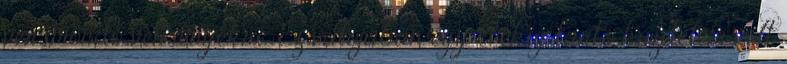
versmondó versenyekre. Ez valójában egy évekig tartó küzdelem volt